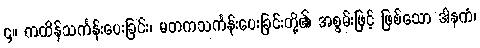
၄။ ကထိန်သင်္ကန်းပေးခြင်း၊ မတကသင်္ကန်းပေးခြင်းတို့၏ အစွမ်းဖြင့် ဖြစ်သော ဒါနကံ၊